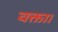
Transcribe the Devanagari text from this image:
वक्ता।